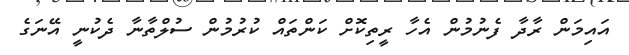
އައިމަން ރާދާ ފެނުމުން އެހާ ރީތިކޮށް ކަންތައް ކުރުމުން ސުލްތާނާ ދެކުނީ އޭނަގެ